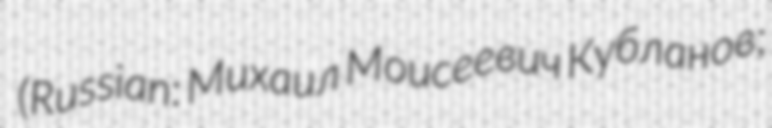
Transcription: (Russian: Михаил Моисеевич Кубланов;